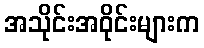
အသိုင်းအဝိုင်းများက